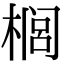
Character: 榈